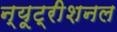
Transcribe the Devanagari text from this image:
न्यूट्रीशनल